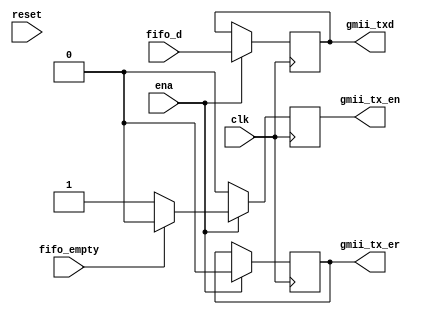
module gmii_tx(
      input         reset,
		input         clk,
		input         ena,
		input 		  fifo_empty,
    	input  [3:0]  fifo_d,
		
		
    	output  reg [3:0]  gmii_txd,
      output  reg      gmii_tx_en,
      output  reg      gmii_tx_er
      //output  reg      clk_en,
    );

	 

always @(posedge clk)
begin
if (ena) begin
   gmii_txd<=fifo_d;
	gmii_tx_er<=1'b0;
	if (fifo_empty)
		gmii_tx_en<=1'b0;
		else gmii_tx_en<=1'b1;
	end
else 
	gmii_tx_en<=1'b0;	
end

endmodule